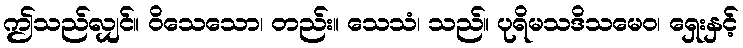
ဤသည်လျှင်။ ဝိသေသော၊ တည်း။ သေသံ၊ သည်။ ပုရိမသဒိသမေဝ၊ ရှေးနှင့်